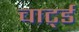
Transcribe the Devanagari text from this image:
चार्ट्ड